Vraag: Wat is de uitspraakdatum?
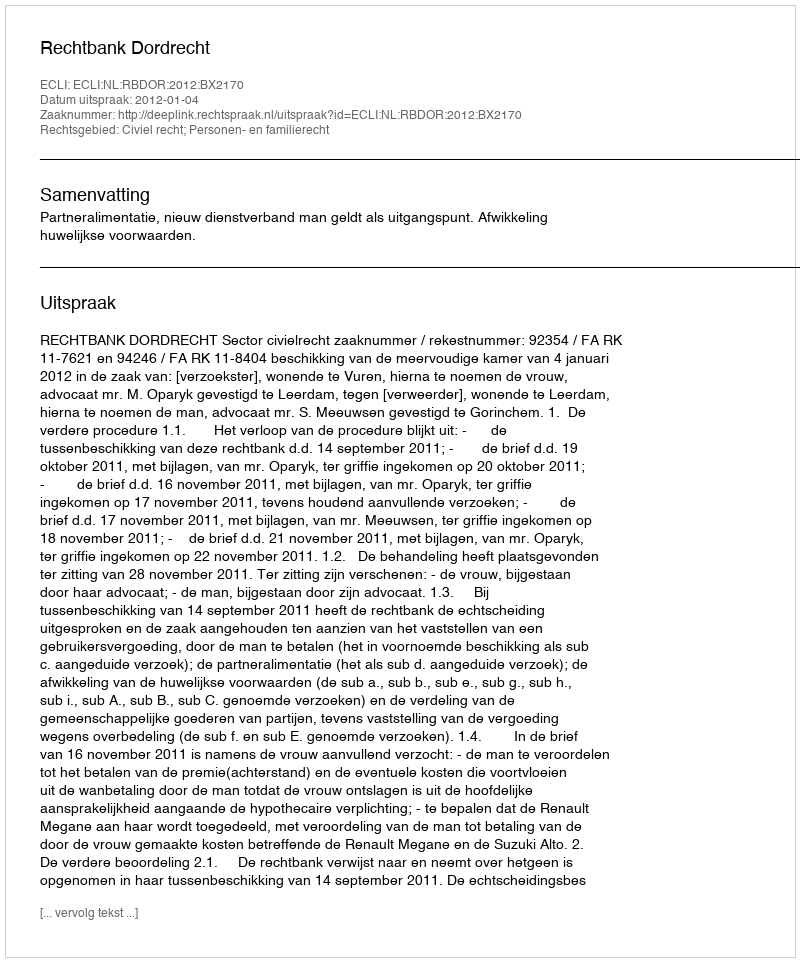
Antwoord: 2012-01-04